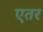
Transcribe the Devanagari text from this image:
एतर